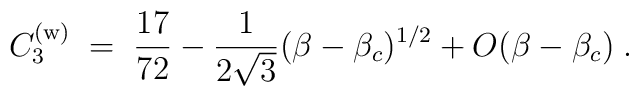
C_3^{({\rm w})}\;=\; {17\over 72}-{1\over 2\sqrt{3}}(\beta-\beta_c)^{1/2}+O(\beta-\beta_c)\;.